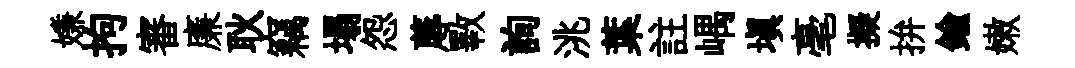
嫌拘審廉耿竊塌怨蓐斁詢洮葉註嵎塡毫擬拚鍮嫩